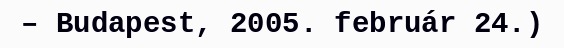
– Budapest, 2005. február 24.)